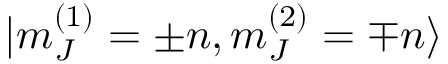
| m _ { J } ^ { ( 1 ) } = \pm n , m _ { J } ^ { ( 2 ) } = \mp n \rangle